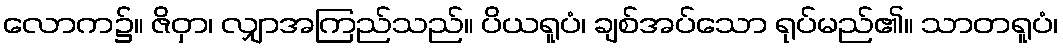
လောက၌။ ဇိဝှာ၊ လျှာအကြည်သည်။ ပိယရူပံ၊ ချစ်အပ်သော ရုပ်မည်၏။ သာတရူပံ၊